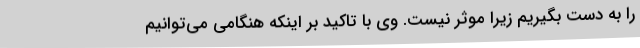
را به دست بگیریم زیرا موثر نیست. وی با تاکید بر اینکه هنگامی می‌توانیم